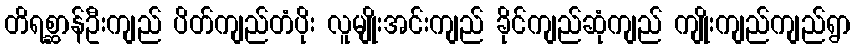
တိရစ္ဆာန်ဦးကျည် ပိတ်ကျည်တံပိုး လူမျိုးအင်းကျည် ခိုင်ကျည်ဆုံကျည် ကျိုးကျည်ကျည်ရွာ